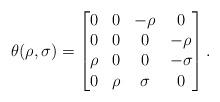
LaTeX: \begin{align*}\theta(\rho,\sigma)=\begin{bmatrix}0&0&-\rho&0\\0&0&0&-\rho\\\rho&0&0&-\sigma\\0&\rho&\sigma&0\end{bmatrix}.\end{align*}